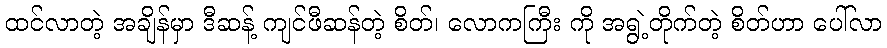
ထင်လာတဲ့ အချိန်မှာ ဒီဆန့် ကျင်ဖီဆန်တဲ့ စိတ်၊ လောကကြီး ကို အရွဲ့တိုက်တဲ့ စိတ်ဟာ ပေါ်လာ